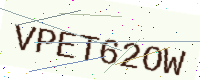
Text: VPET62OW